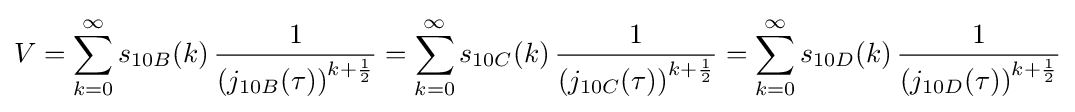
V=\sum _{k=0}^{\infty }s_{10B}(k)\,{\frac {1}{\left(j_{10B}(\tau )\right)^{k+{\frac {1}{2}}}}}=\sum _{k=0}^{\infty }s_{10C}(k)\,{\frac {1}{\left(j_{10C}(\tau )\right)^{k+{\frac {1}{2}}}}}=\sum _{k=0}^{\infty }s_{10D}(k)\,{\frac {1}{\left(j_{10D}(\tau )\right)^{k+{\frac {1}{2}}}}}